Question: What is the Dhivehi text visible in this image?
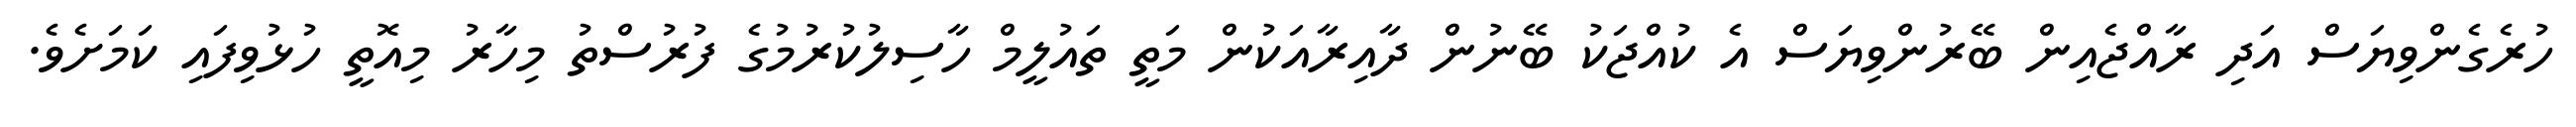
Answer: ހުރެގެންވިޔަސް އަދި ރާއްޖެއިން ބޭރުންވިޔަސް އެ ކުއްޖަކު ބޭނުން ދާއިރާއަކުން މަތީ ތައުލީމް ހާސިލުކުރުމުގެ ފުރުސްތު މިހާރު މިއޮތީ ހުޅުވިފައި ކަމަށެވެ.